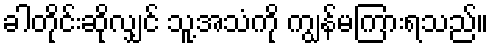
ခါတိုင်းဆိုလျှင် သူ့အသံကို ကျွန်မကြားရသည်။